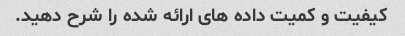
کیفیت و کمیت داده های ارائه شده را شرح دهید.